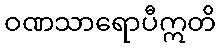
ဝဏသာရောပီဣတိ